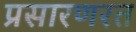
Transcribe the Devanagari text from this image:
प्रसारणरत